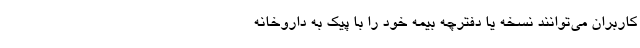
کاربران می‌توانند نسخه‌ یا دفترچه‌ بیمه خود را با پیک به داروخانه